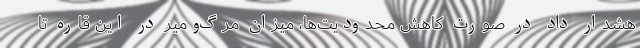
هشدار داد در صورت کاهش محدودیت‌ها، میزان مرگ‌ومیر در این قاره تا